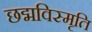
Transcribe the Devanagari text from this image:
छद्मविस्मृति